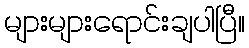
များများရောင်းချပါပြီ။